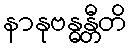
နာနုဗန္ဓန္တီတိ